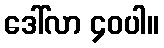
ဒေါ်လာ ၄၀ပါ။